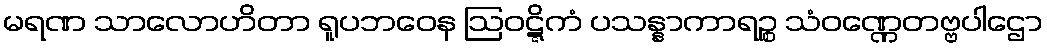
မရဏ သာလောဟိတာ ရူပဘဝေန ဩဝဋ္ဋိကံ ပသန္နာကာရဉ္စ သံဝဏ္ဏေတဗ္ဗပါဌော